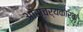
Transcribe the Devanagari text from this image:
आस्चर्यकारक